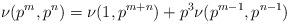
LaTeX: \begin{align*} \nu(p^m, p^n) = \nu(1, p^{m + n}) + p^3 \nu(p^{m - 1}, p^{n - 1}) \end{align*}